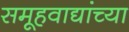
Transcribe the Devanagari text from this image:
समूहवाद्यांच्या